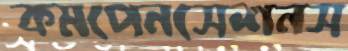
কমপেনসেশনস